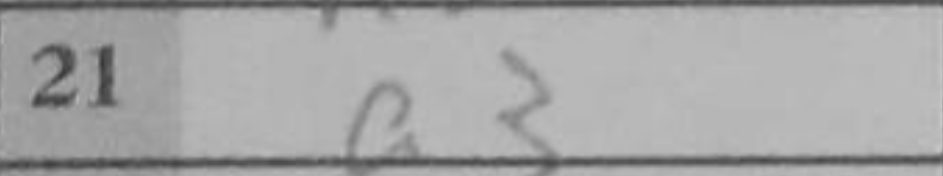
Transcription: a3